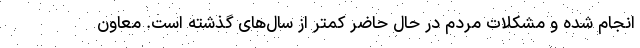
انجام شده و مشکلات مردم در حال حاضر کمتر از سال‌های گذشته است. معاون